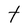
Character: t